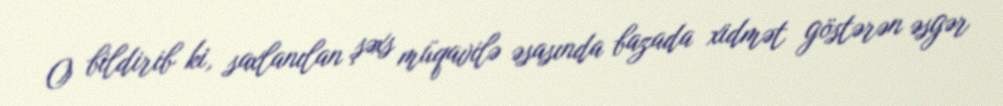
O bildirib ki, saxlanılan şəxs müqavilə əsasında bazada xidmət göstərən əsgər